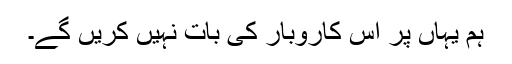
ہم یہاں پر اس کاروبار کی بات نہیں کریں گے۔